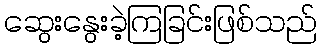
ဆွေးနွေးခဲ့ကြခြင်းဖြစ်သည်